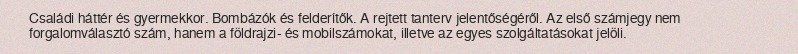
Családi háttér és gyermekkor. Bombázók és felderítők. A rejtett tanterv jelentőségéről. Az első számjegy nem forgalomválasztó szám, hanem a földrajzi- és mobilszámokat, illetve az egyes szolgáltatásokat jelöli.